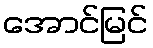
အောင်မြင်